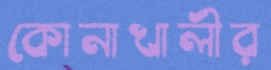
কোনাখালীর